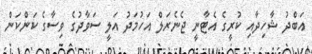
އަބްދު ޝާހިދާއި ކުރީގެ އެޓާނީ ޖެނެރަލް އަހުމަދު އަލީ ސަވާދުގެ ވިސާގެ ކަންކަން